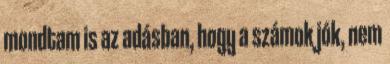
mondtam is az adásban, hogy a számok jók, nem